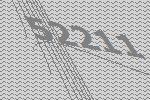
52211